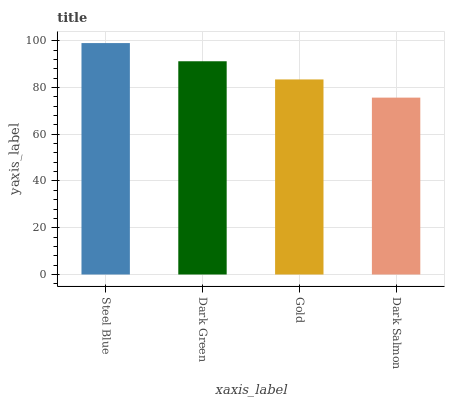
| xaxis_label | bars |
 | --- | --- |
 | Steel Blue | 99 |
 | Dark Green | 91.2 |
 | Gold | 83.4 |
 | Dark Salmon | 75.7 |